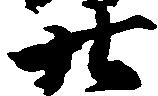
廿